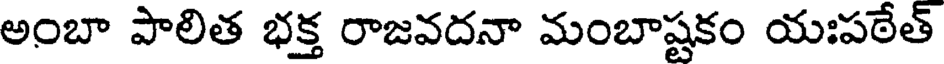
అంబా పాలిత భక్త రాజవదనా మంబాష్టకం యఃపఠేత్